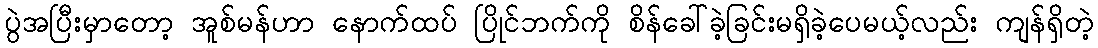
ပွဲအပြီးမှာတော့ အူစ်မန်ဟာ နောက်ထပ် ပြိုင်ဘက်ကို စိန်ခေါ်ခဲ့ခြင်းမရှိခဲ့ပေမယ့်လည်း ကျန်ရှိတဲ့